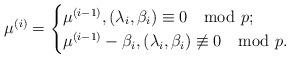
LaTeX: \begin{align*} \mu^{(i)}=\begin{cases}\mu^{(i-1)}, (\lambda_i, \beta_i)\equiv 0 \mod p;\cr \mu^{(i-1)}-\beta_i, (\lambda_i, \beta_i)\not\equiv0\mod p. \end{cases} \end{align*}